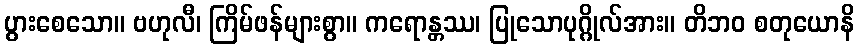
ပွားစေသော။ ဗဟုလီ၊ ကြိမ်ဖန်များစွာ။ ကရောန္တဿ၊ ပြုသောပုဂ္ဂိုလ်အား။ တိဘဝ စတုယောနိ